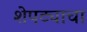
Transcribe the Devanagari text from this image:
शेपट्याचा